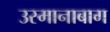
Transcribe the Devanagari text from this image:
उस्मानाबाग